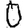
Digit: 0